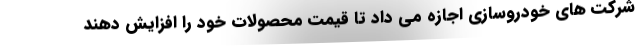
شرکت های خودروسازی اجازه می داد تا قیمت محصولات خود را افزایش دهند